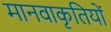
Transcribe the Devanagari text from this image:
मानवाकृतियों